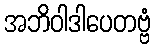
အဘိဝါဒါပေတဗ္ဗံ